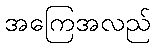
အကြေအလည်